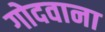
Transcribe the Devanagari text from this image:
गोदवाना